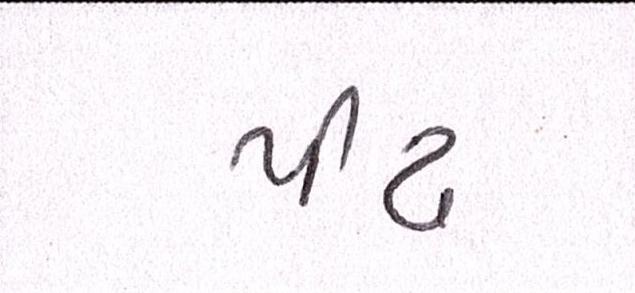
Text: પીઢ